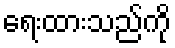
ရေးထားသည်ကို